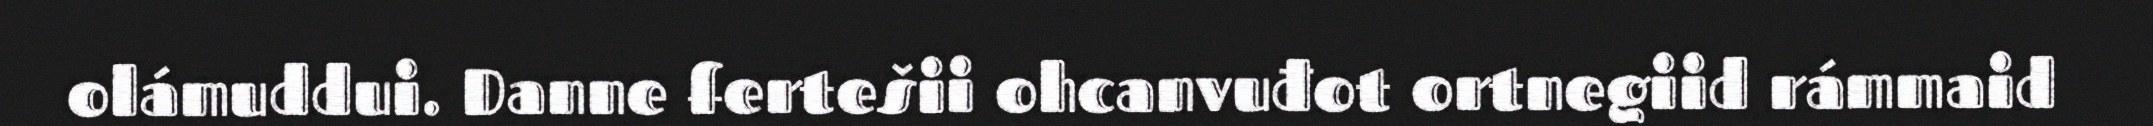
olámuddui. Danne fertešii ohcanvuđot ortnegiid rámmaid